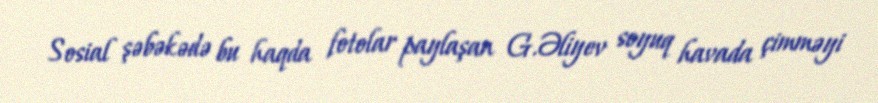
Sosial şəbəkədə bu haqda fotolar paylaşan G.Əliyev soyuq havada çimməyi